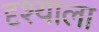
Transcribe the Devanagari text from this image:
दृश्‍याला